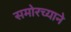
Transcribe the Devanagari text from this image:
समोरच्याने